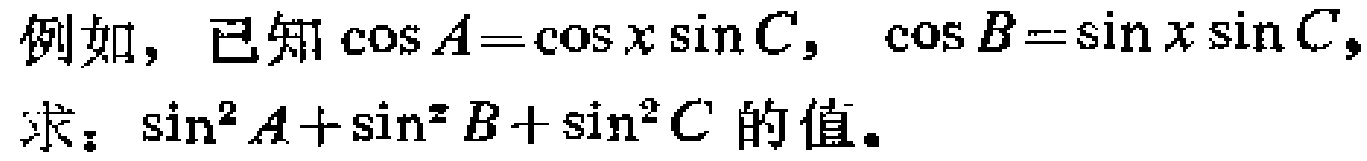
例如，已知\(\cos A = \cos x\sin C\)，\(\cos B = \sin x\sin C\)，
求：\(\sin^{2}A+\sin^{2}B+\sin^{2}C\)的值。